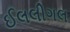
ઈલલીગલ